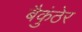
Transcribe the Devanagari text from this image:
बैकुंठेर